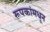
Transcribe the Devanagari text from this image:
रूपकांमधून